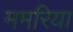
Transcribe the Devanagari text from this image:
ममरिया